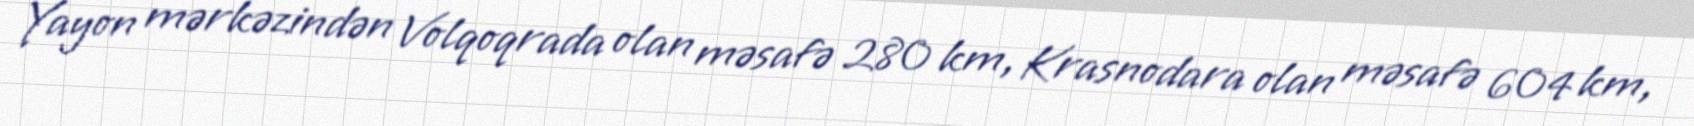
Yayon mərkəzindən Volqoqrada olan məsafə 280 km, Krasnodara olan məsafə 604 km,